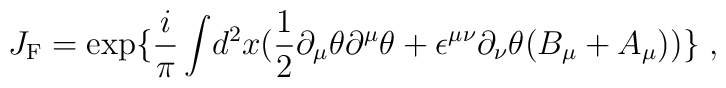
J_{{\rm {F}}} = \exp\{\frac{i}{ \pi}\int \!d^2x( \frac{1}{2}\partial_{\mu}\theta \partial^{\mu} \theta + \epsilon^{\mu \nu}\partial_{\nu }\theta ( B_{\mu} + A_{\mu}))\}\; ,